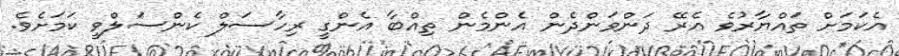
އެކަމަށް ތައްޔާރުވެ އެރޭ ދަންވަންދެން އެންމެން ތިއްބާ އެންގީ ރިހާސަލް ކެންސަލްވީ ކަމަށެވެ.